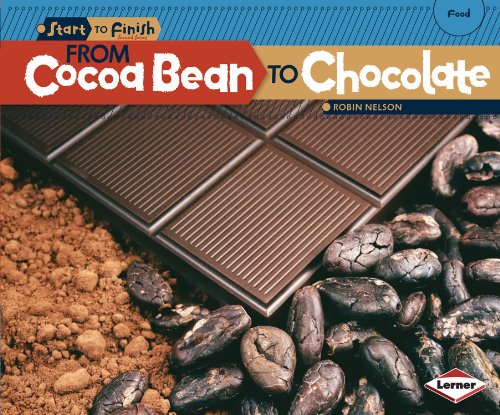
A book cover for From Cocoa Bean to Chocolate (Start to Finish, Second Series: Food); Robin Nelson; Children's Books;